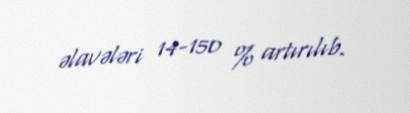
əlavələri 14-150 % artırılıb.